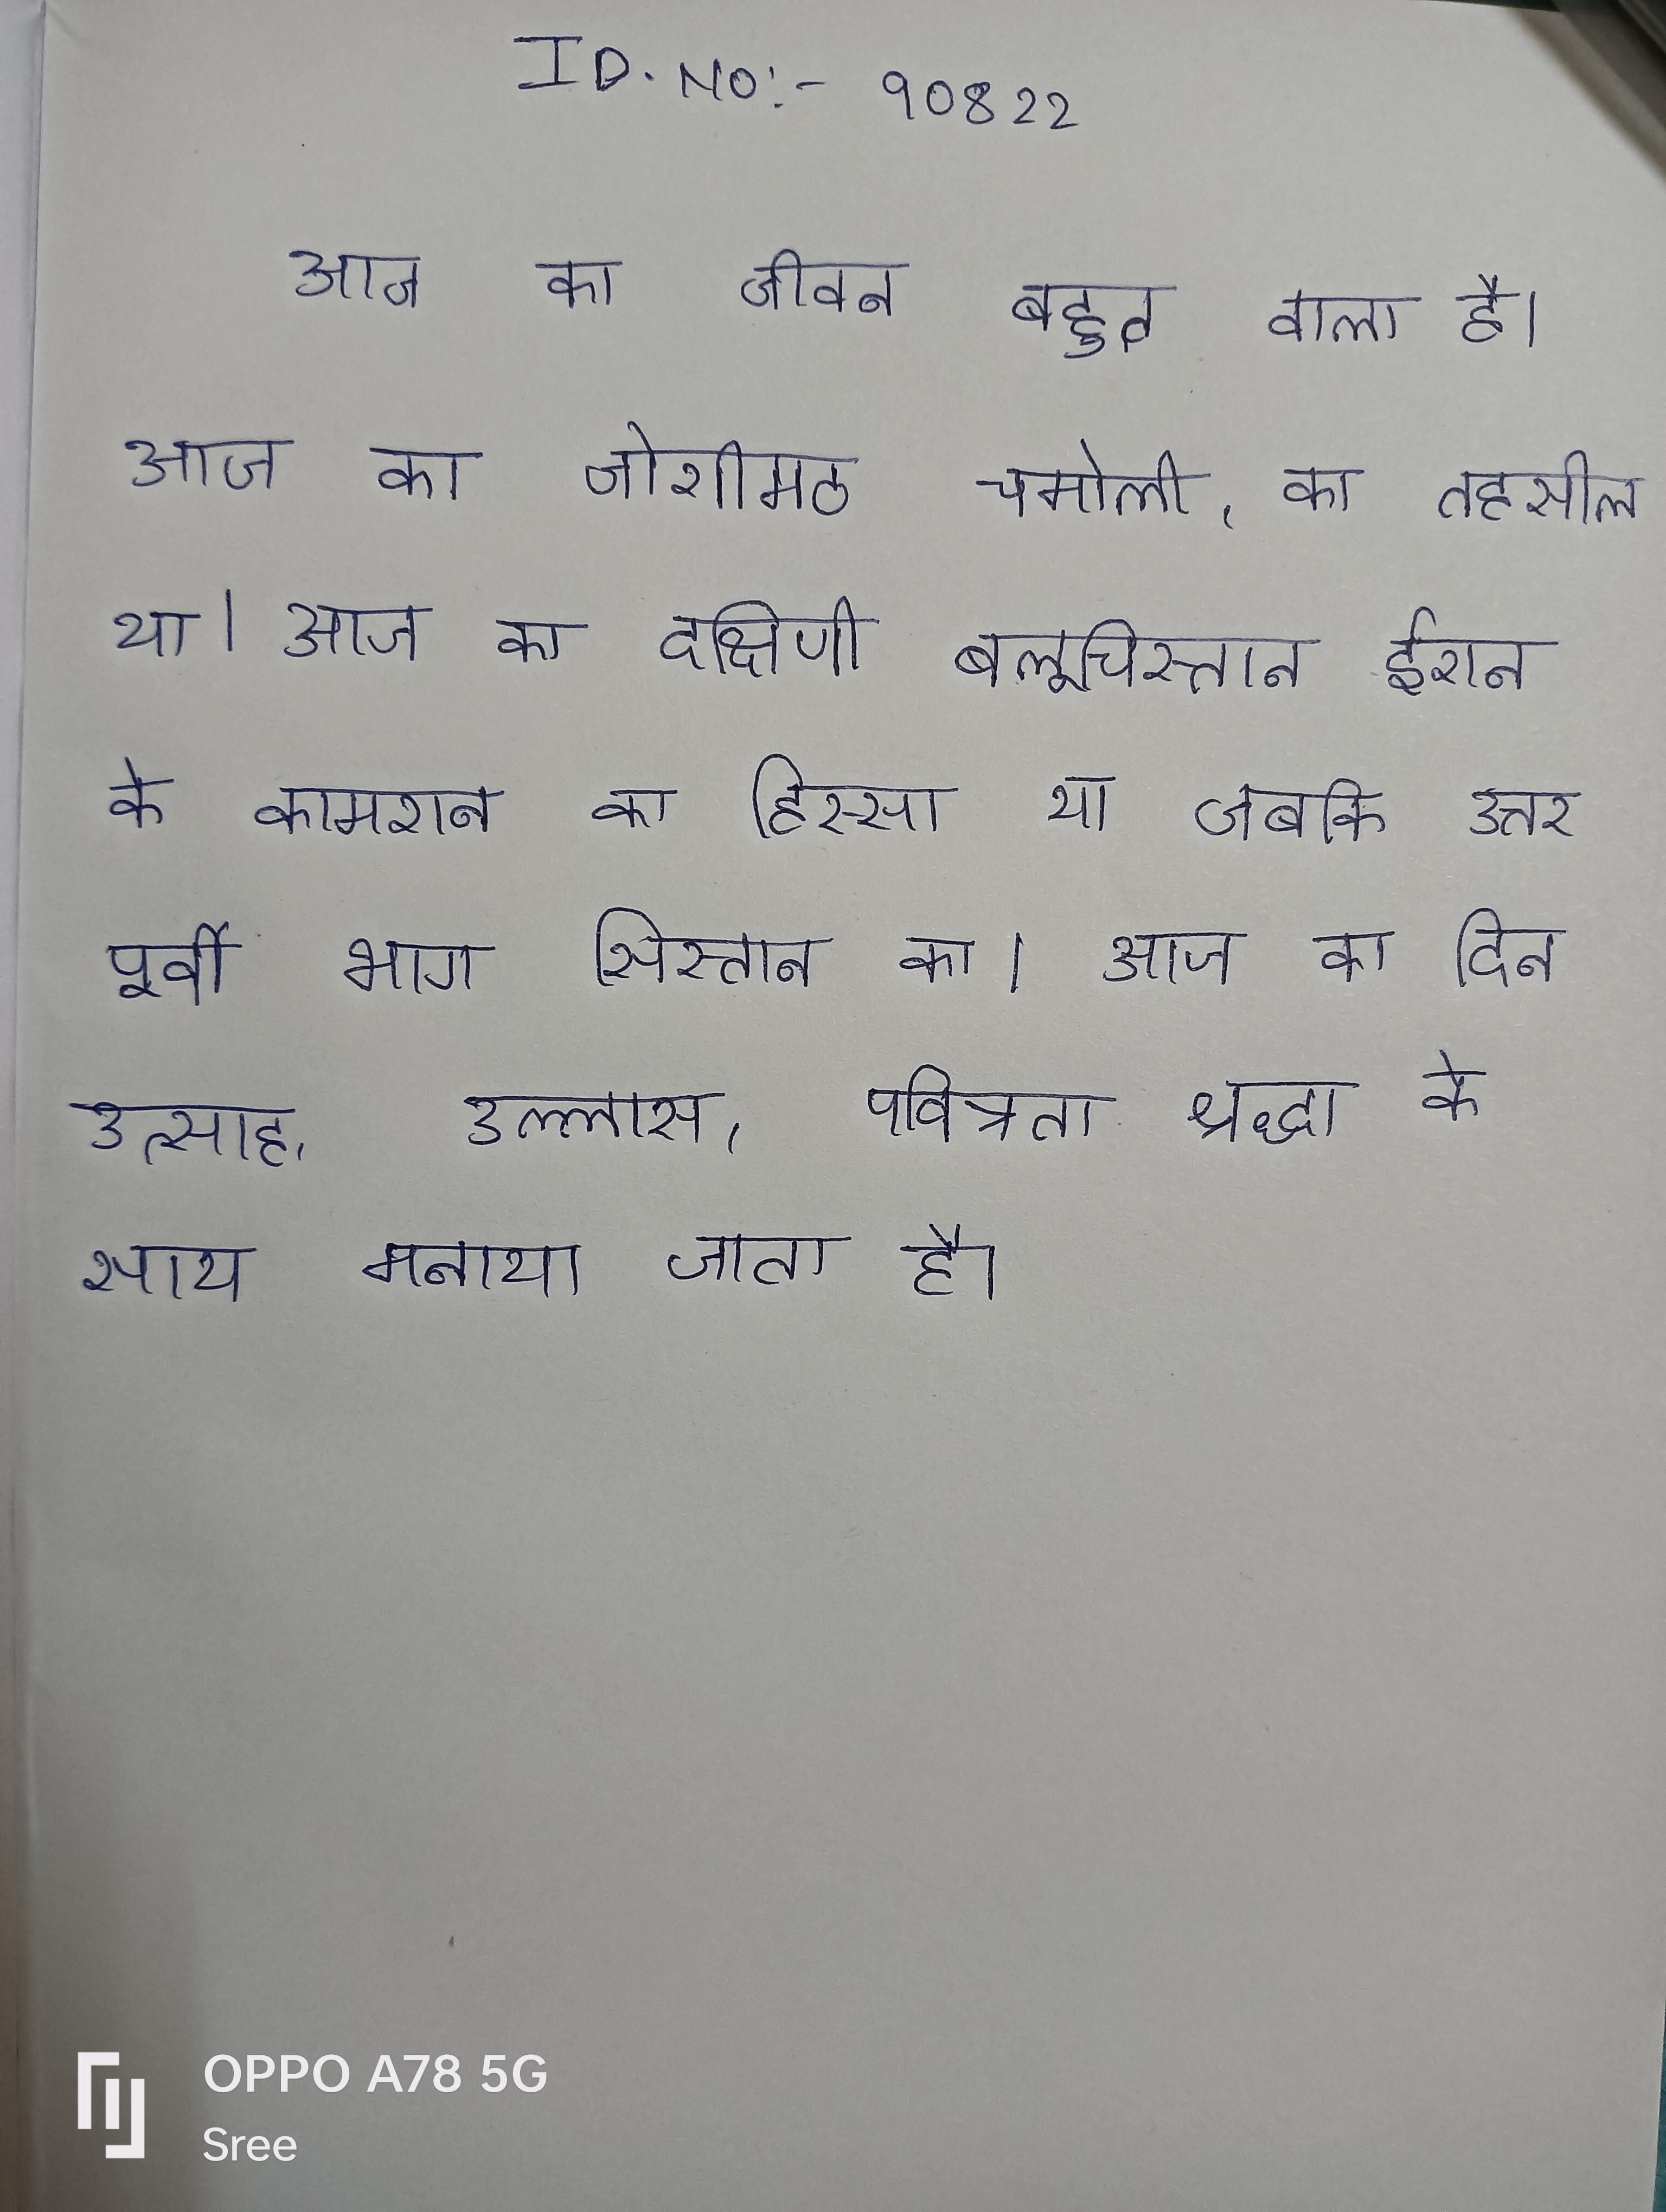
आज का जीवन बहुत वाला है । आज का जोशीमठ चमोली, का तहसील था । आज का दक्षिणी बलूचिस्तान ईरान के कामरान का हिस्सा था जबकि उत्तर पूर्वी भाग सिस्तान का । आज का दिन उत्साह, उल्लास, पवित्रता श्रद्धा के साथ मनाया जाता है ।